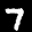
Label: 7